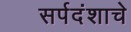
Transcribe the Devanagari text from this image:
सर्पदंशाचे